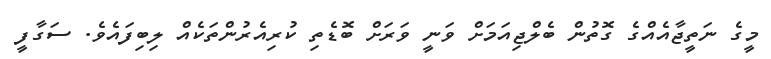
މީގެ ނަތީޖާއެއްގެ ގޮތުން ބެލްޖިއަމަށް ވަނީ ވަރަށް ބޮޑެތި ކުރިއެރުންތަކެއް ލިބިފައެވެ. ސަގާފީ